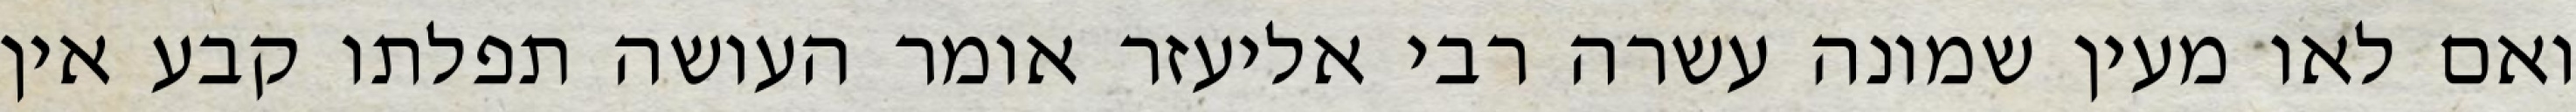
ואם לאו מעין שמונה עשרה רבי אליעזר אומר העושה תפלתו קבע אין